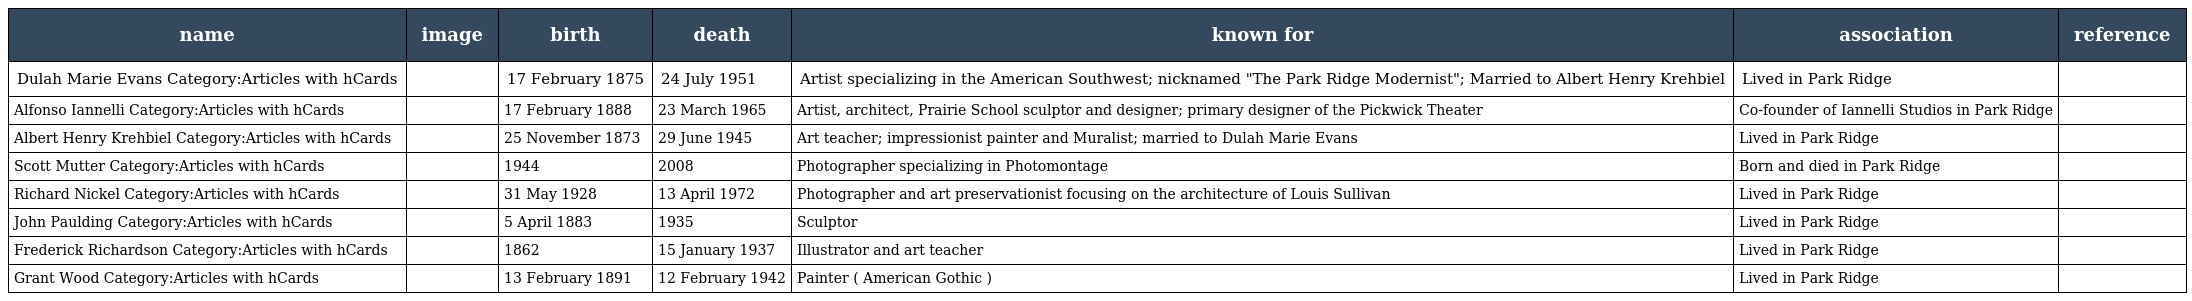
| name | image | birth | death | known for | association | reference |
 | --- | --- | --- | --- | --- | --- | --- |
 | Dulah Marie Evans Category:Articles with hCards |  | 17 February 1875 | 24 July 1951 | Artist specializing in the American Southwest; nicknamed "The Park Ridge Modernist"; Married to Albert Henry Krehbiel | Lived in Park Ridge |  |
 | Alfonso Iannelli Category:Articles with hCards |  | 17 February 1888 | 23 March 1965 | Artist, architect, Prairie School sculptor and designer; primary designer of the Pickwick Theater | Co-founder of Iannelli Studios in Park Ridge |  |
 | Albert Henry Krehbiel Category:Articles with hCards |  | 25 November 1873 | 29 June 1945 | Art teacher; impressionist painter and Muralist; married to Dulah Marie Evans | Lived in Park Ridge |  |
 | Scott Mutter Category:Articles with hCards |  | 1944 | 2008 | Photographer specializing in Photomontage | Born and died in Park Ridge |  |
 | Richard Nickel Category:Articles with hCards |  | 31 May 1928 | 13 April 1972 | Photographer and art preservationist focusing on the architecture of Louis Sullivan | Lived in Park Ridge |  |
 | John Paulding Category:Articles with hCards |  | 5 April 1883 | 1935 | Sculptor | Lived in Park Ridge |  |
 | Frederick Richardson Category:Articles with hCards |  | 1862 | 15 January 1937 | Illustrator and art teacher | Lived in Park Ridge |  |
 | Grant Wood Category:Articles with hCards |  | 13 February 1891 | 12 February 1942 | Painter ( American Gothic ) | Lived in Park Ridge |  |